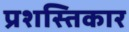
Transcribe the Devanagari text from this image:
प्रशस्तिकार